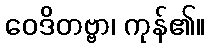
ဝေဒိတဗ္ဗာ၊ ကုန်၏။